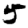
Digit: 5